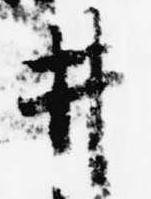
井